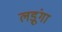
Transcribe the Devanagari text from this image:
लड़ूंगा